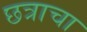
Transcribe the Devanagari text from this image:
छत्राचा